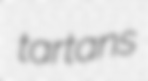
tartans